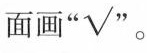
面画”√"。